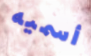
أسميه